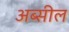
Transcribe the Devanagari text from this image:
अब्सील